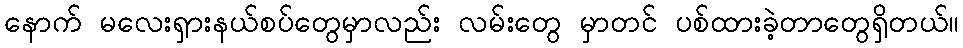
နောက် မလေးရှားနယ်စပ်တွေမှာလည်း လမ်းတွေ မှာတင် ပစ်ထားခဲ့တာတွေရှိတယ်။